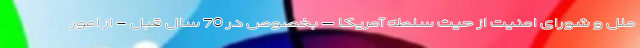
ملل و شورای امنیت از حیث سلطه آمریکا – بخصوص در 70 سال قبل - از امور